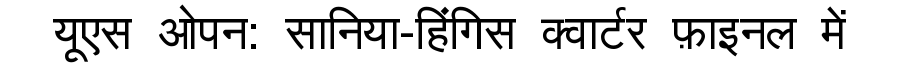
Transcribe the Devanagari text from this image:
यूएस ओपन: सानिया-हिंगिस क्वार्टर फ़ाइनल में